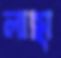
লাছা